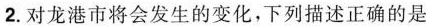
2.对龙港市将会发生的变化，下列描述正确的是